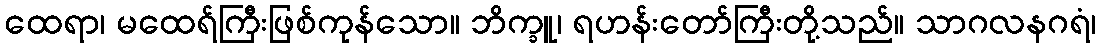
ထေရာ၊ မထေရ်ကြီးဖြစ်ကုန်သော။ ဘိက္ခူ၊ ရဟန်းတော်ကြီးတို့သည်။ သာဂလနဂရံ၊